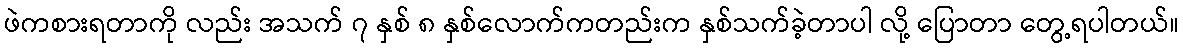
ဖဲကစားရတာကို လည်း အသက် ၇ နှစ် ၈ နှစ်လောက်ကတည်းက နှစ်သက်ခဲ့တာပါ လို့ ပြောတာ တွေ့ရပါတယ်။